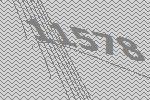
11578